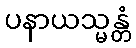
ပနာယသ္မန္တံ